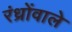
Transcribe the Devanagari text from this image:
रंध्रोंवाले